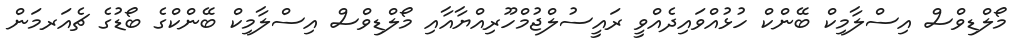
މޯލްޑިވްސް އިސްލާމިކް ބޭންކް ހުޅުއްވައިދެއްވީ ރައީސުލްޖުމްހޫރިއްޔާއާއި މޯލްޑިވްސް އިސްލާމިކް ބޭންކްގެ ބޯޑުގެ ޗެއަރމަން